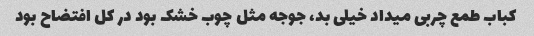
کباب طمع چربی میداد خیلی بد، جوجه مثل چوب خشک بود در کل افتضاح بود